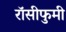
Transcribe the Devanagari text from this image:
रॉसीफुमी